DOW-UAP-D54, Mission Report, Mediterranean Sea, NA
Agency: Department of War
Incident location: Mediterranean Sea
Page 3
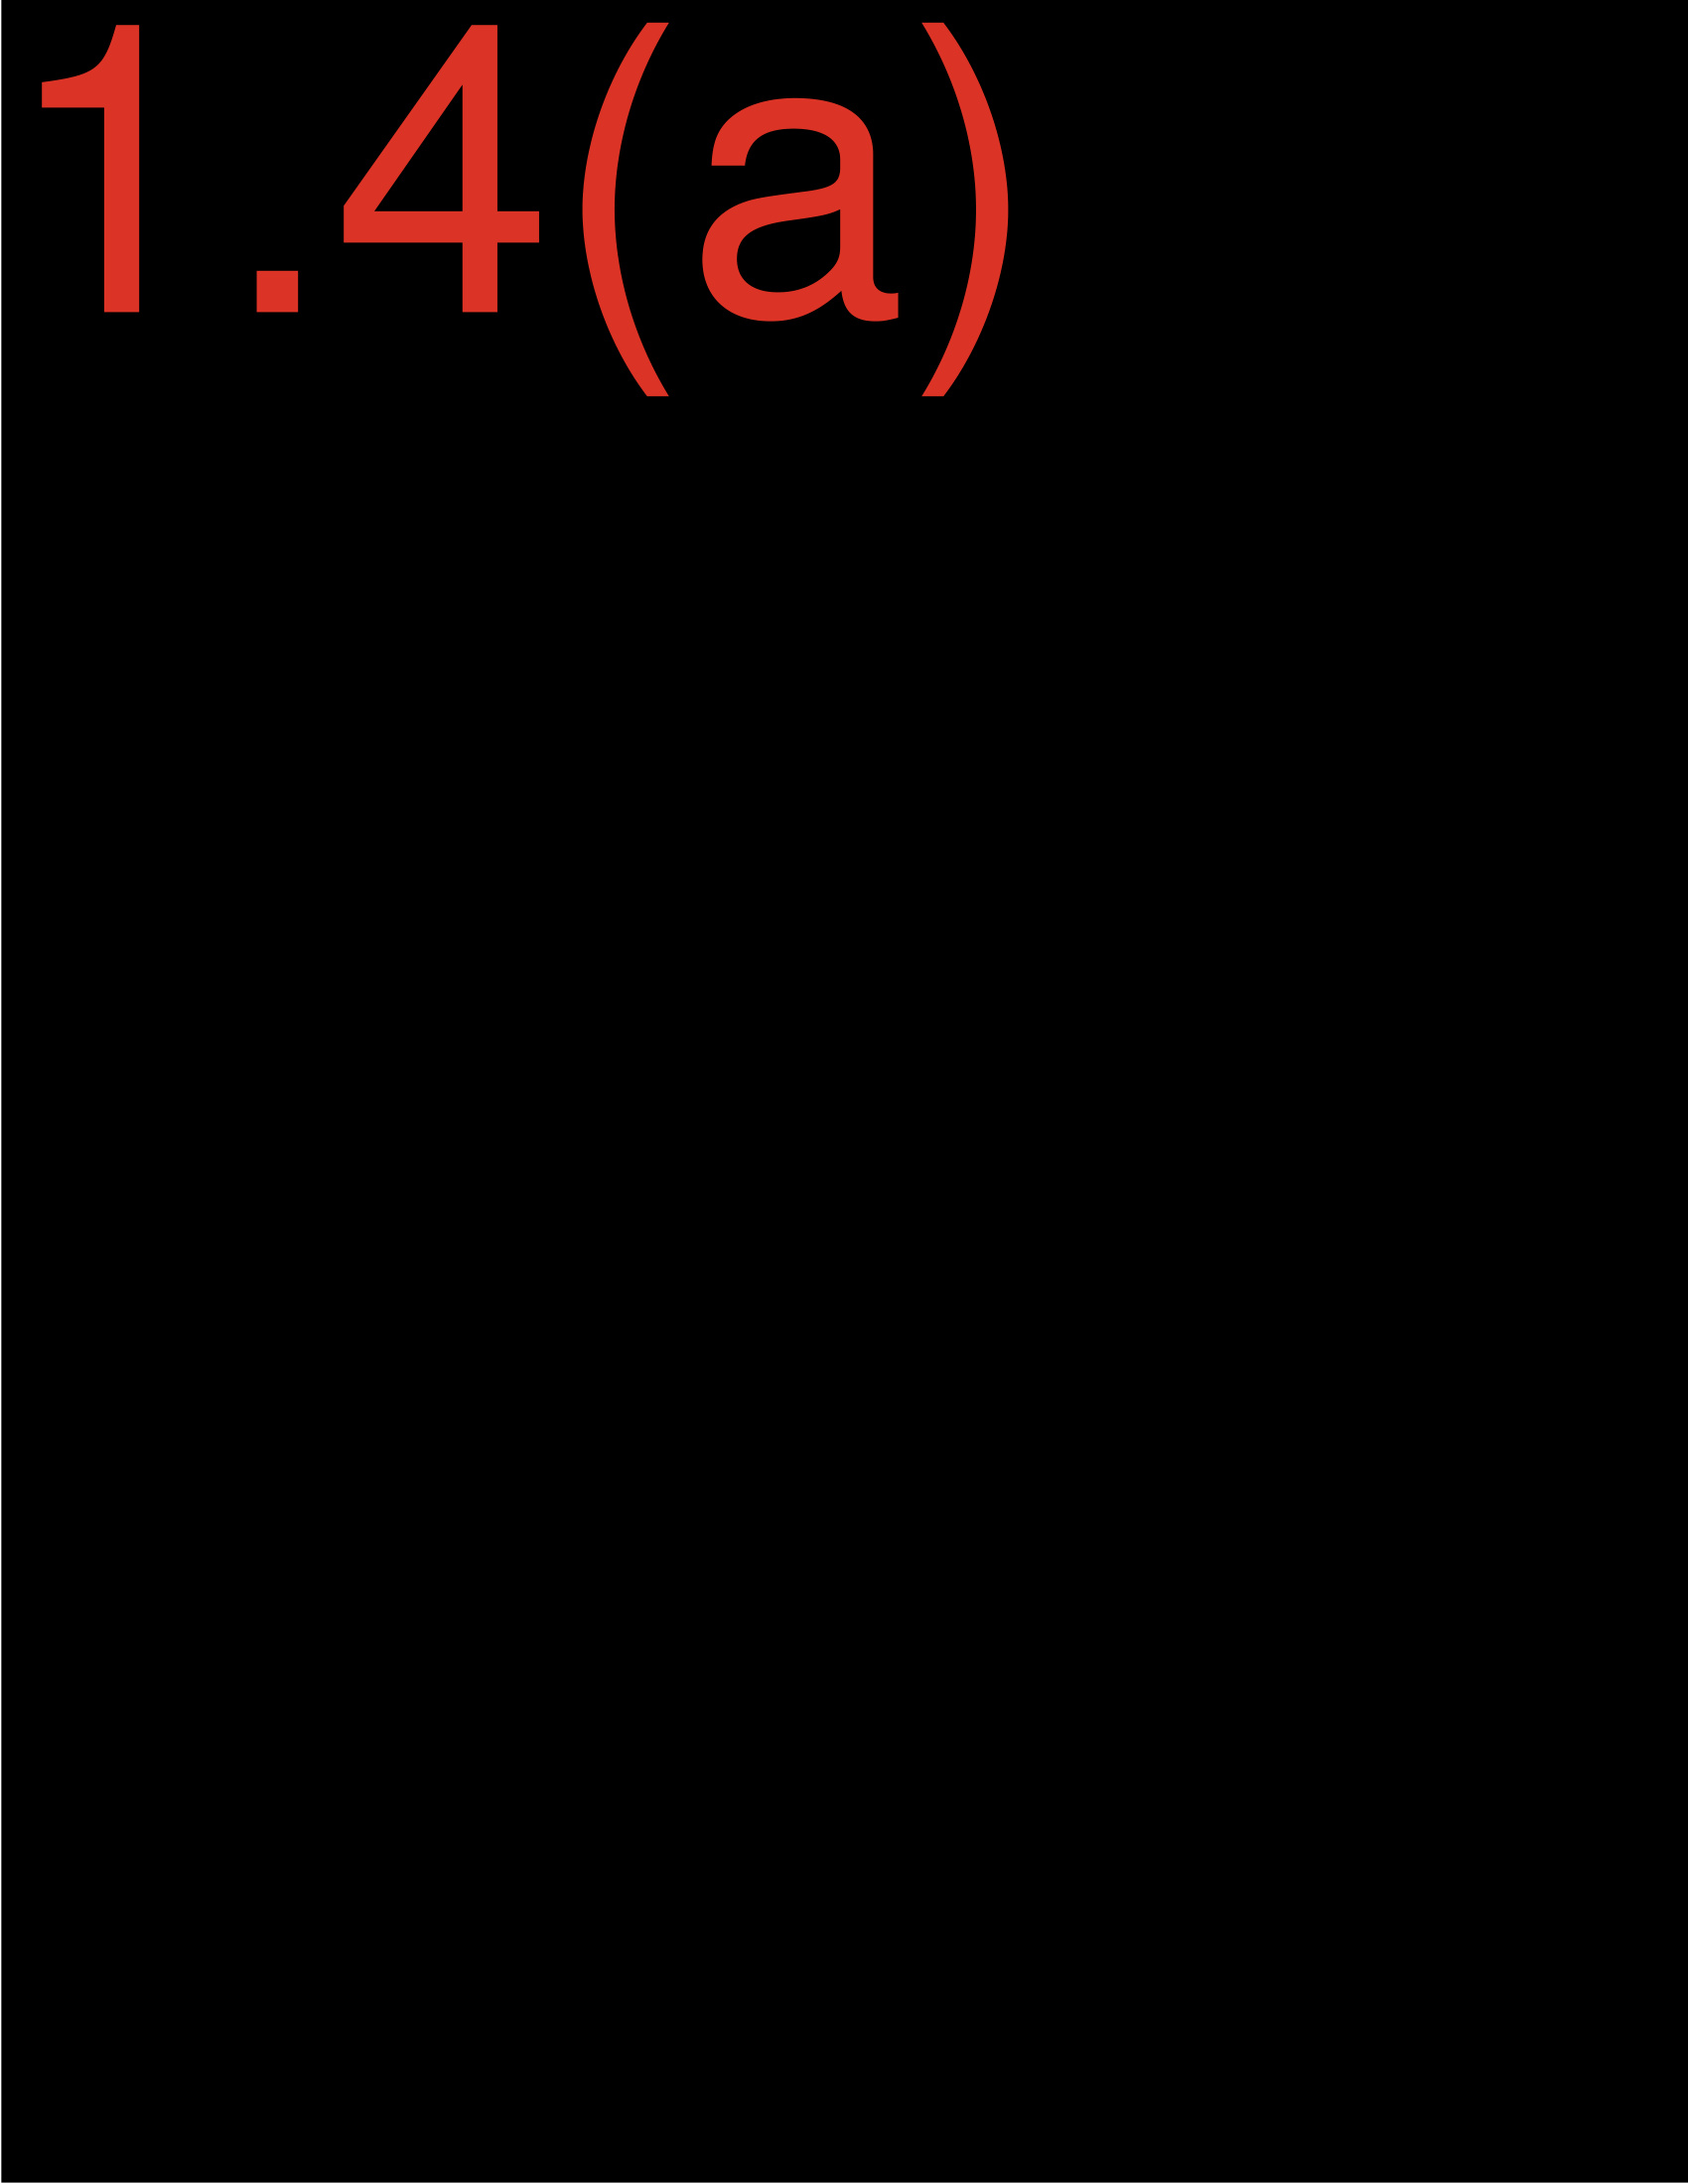